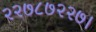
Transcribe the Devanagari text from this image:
२२७८७२२७।